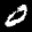
Label: 0